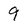
Character: 9